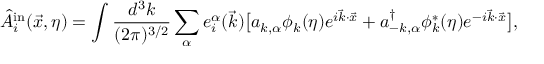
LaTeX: \hat { { \cal A } } _ { i } ^ { \mathrm { i n } } ( \vec { x } , \eta ) = \int \frac { d ^ { 3 } k } { ( 2 \pi ) ^ { 3 / 2 } } \sum _ { \alpha } e _ { i } ^ { \alpha } ( \vec { k } ) \bigl [ a _ { k , \alpha } \phi _ { k } ( \eta ) e ^ { i \vec { k } \cdot \vec { x } } + a _ { - k , \alpha } ^ { \dagger } \phi _ { k } ^ { \ast } ( \eta ) e ^ { - i \vec { k } \cdot \vec { x } } \bigr ] ,